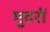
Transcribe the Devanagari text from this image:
मुदरों